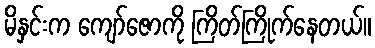
မိနှင်းက ကျော်ဇောကို ကြိတ်ကြိုက်နေတယ်။